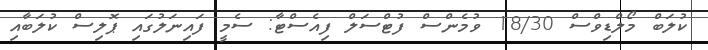
ކުލަބް މޯލްޑިވްސް 18/30 ވުމެންސް ފުޓްސަލް ފިއެސްޓާ: ސެމީ ފައިނަލުގައި ޕޮލިސް ކުލަބާއި